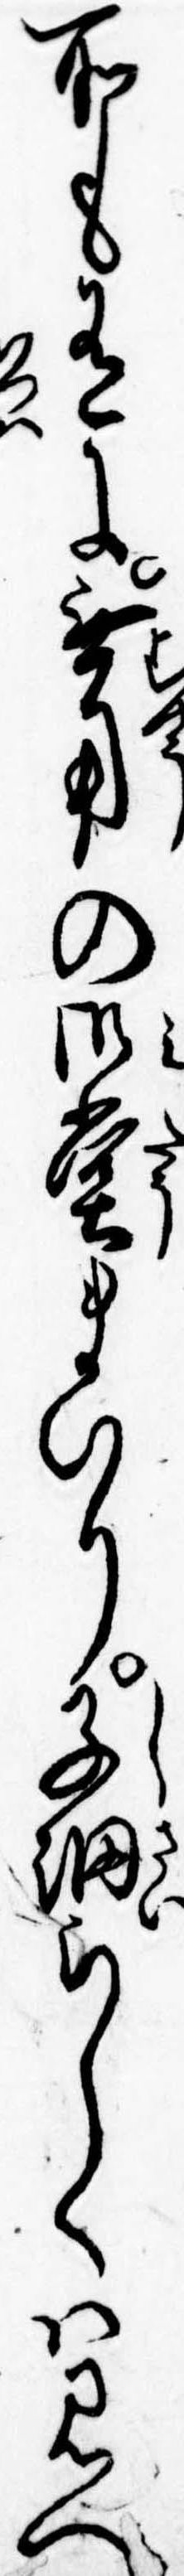
所も有に無用の御堂まいり子細らしくは見へ